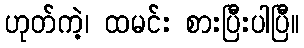
ဟုတ်ကဲ့၊ ထမင်း စားပြီးပါပြီ။